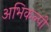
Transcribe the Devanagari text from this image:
अभिकल्पी